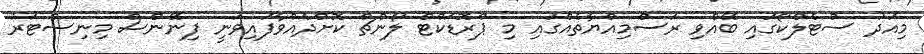
މިއަދު ސްޓެލްކޯގައި ބޭއްވި ރަސްމިއްޔާތެއްގައި މި ޕްރޮޑަކްޓް ލޯންޗް ކޮށްދެއްވާފައިވަނީ ފިނޭންސް މިނިސްޓަރު